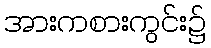
အားကစားကွင်း၌